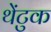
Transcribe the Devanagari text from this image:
थेंटुक